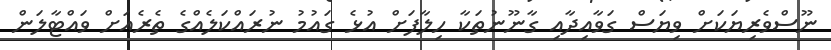
ނޫސްވެރިޔަކަށް ވިޔަސް ގަވާއިދާއި ގާނޫނުތަކާ ހިލާފަށް އުޅެ ގައުމު ނުރައްކަލެއްގެ ތެރެއަށް ވައްޓާލަން